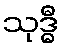
သုဒ္ဓီ